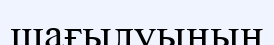
шағылуының